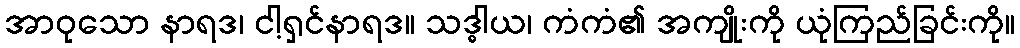
အာဝုသော နာရဒ၊ ငါ့ရှင်နာရဒ။ သဒ္ဓါယ၊ ကံကံ၏ အကျိုးကို ယုံကြည်ခြင်းကို။